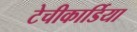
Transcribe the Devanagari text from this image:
टेचीकार्डिया